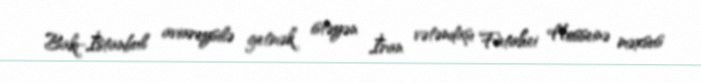
Bakı-İstanbul aviareysilə getmək istəyən İran vətəndaşı Fatahei Hosseinə məxsus